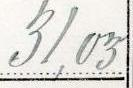
87,81